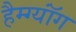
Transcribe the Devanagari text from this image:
हैम्ग्यॉंग